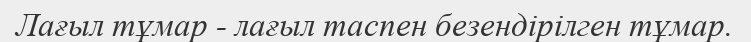
Лағыл тұмар - лағыл таспен безендірілген тұмар.